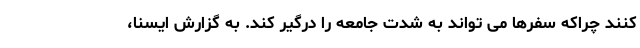
کنند چراکه سفرها می تواند به شدت جامعه را درگیر کند. به گزارش ایسنا،